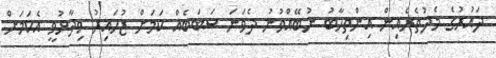
ދައުރުގެ މެދުތެރެއިން އިންތިހާބު ނުބޭއްވުނު ދެވަނަ ސަބަބެއް ކަމަށް ޒުހައިރު ވިދާޅުވީ އެކަމަށް